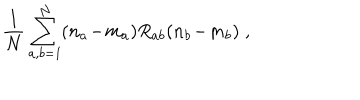
LaTeX: \frac { 1 } { N } \sum _ { a , b = 1 } ^ { N } ( n _ { a } \! - \! m _ { a } ) R _ { a b } ( n _ { b } \! - \! m _ { b } ) \; ,